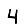
Digit: 4